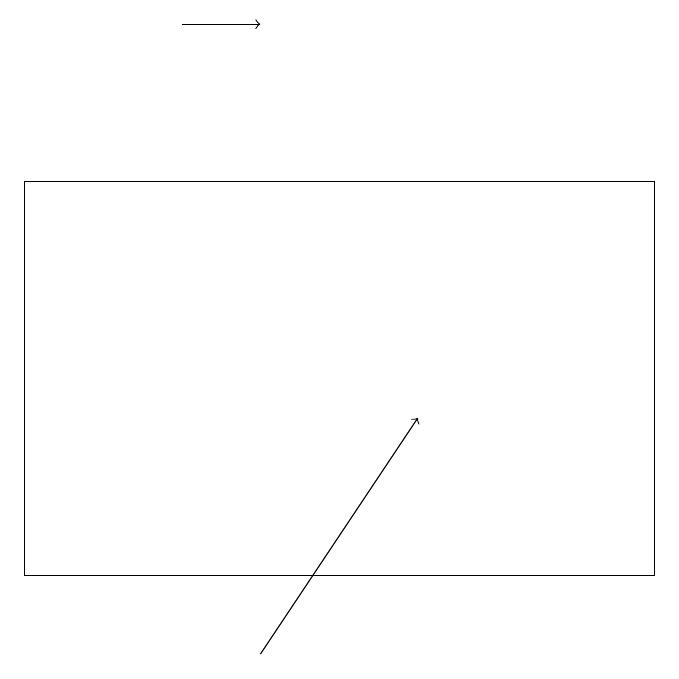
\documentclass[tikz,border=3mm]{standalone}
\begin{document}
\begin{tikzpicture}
\draw[->] (2,19) -- (3,19);
\draw[->] (3,11) -- (5,14);
\draw (8,17) rectangle (0,12);
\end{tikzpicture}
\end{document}